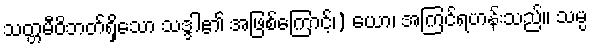
သတ္တမီဝိဘတ်ရှိသော သဒ္ဒါ၏ အဖြစ်ကြောင့်၊) ယော၊ အကြင်ရဟန်းသည်။ သမ္ပ